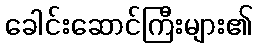
ခေါင်းဆောင်ကြီးများ၏